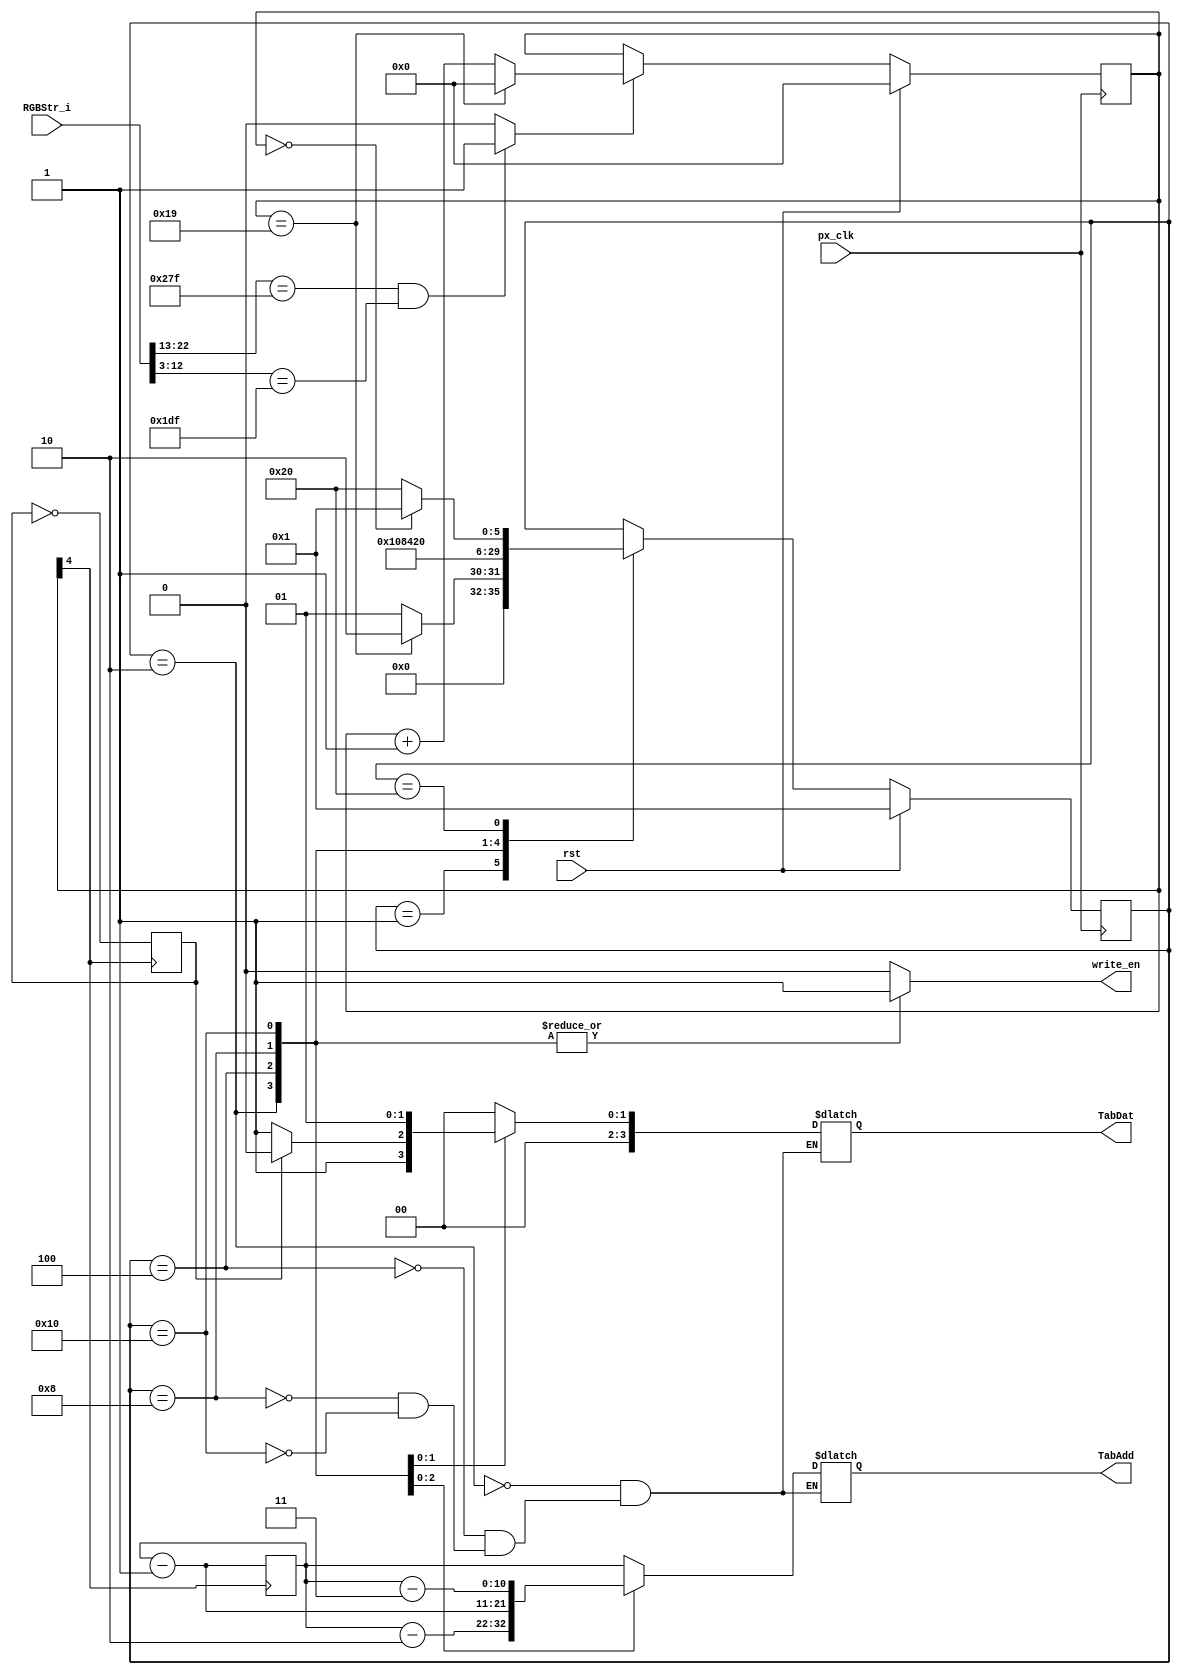
module PxsGameUpdate (
				input wire        	px_clk,
				input wire			rst,
				input wire [25:0]	RGBStr_i,				
				output reg			write_en,
				output reg [10:0] 	TabAdd,
				output reg [3:0] 	TabDat
			
               );
  
// alias 
`define Active 0:0
`define VS 1:1
`define HS 2:2
`define YC 12:3
`define XC 22:13
`define RGB 25:23

parameter VISIBLECOLS=640;
parameter VISIBLEROWS=480;

	// one-hot state codes
	parameter 	WAIT		= 6'b000001, 
				RMV_PAC		= 6'b000010, 
				RMV_GOHST	= 6'b000100, 
				UPDT_PACMAN	= 6'b001000, 
				UPDT_GOHST	= 6'b010000, 
				WAIT_0		= 6'b100000;

	reg  [5:0]state, next_state;

	reg [4:0] contframe;
	reg [10:0] pospac;  // Pacman position
	reg close;
	
	initial
    begin
		contframe <= 0;
		pospac<=600;
		state <= WAIT;
		write_en<=0;
		close<=0;
    end
	
	assign endframe = (RGBStr_i[`XC]==VISIBLECOLS-1 && RGBStr_i[`YC]==VISIBLEROWS-1)? 1'b1 : 1'b0 ;
	
	// 25-frames counter 
	always @(posedge px_clk)  
	begin
		if (rst) 
			contframe<=0;
		else
			if (endframe==1) 
				contframe <= (contframe == 25)? 0 : contframe+1;
	end
	
	// Update location and pacman state only once every 25 frames 
	// (for different refresh frequencies another value could be preferable)
	always @(posedge contframe[4])  
	begin
		pospac<=pospac-1;
		close <= ~close;
	end

		
	/* explicit FSM implementation */
	always @(posedge px_clk)
	if (rst) state = WAIT; else state = next_state;
	
	always @(*) begin 
		next_state = state;
		case (state)
			WAIT: 			if (contframe==25) next_state = RMV_PAC;
							else next_state = WAIT;
			RMV_PAC: 		next_state = RMV_GOHST;
			RMV_GOHST: 		next_state = UPDT_PACMAN;
			UPDT_PACMAN: 	next_state = UPDT_GOHST;
			UPDT_GOHST: 	next_state = WAIT_0;
			WAIT_0:			if(contframe==0) next_state = WAIT;
							else next_state<= WAIT_0;
		endcase
	end
	
	always @(state) begin
		case (state)
			WAIT: 			begin 
							write_en = 0; 
							end
			
			RMV_PAC: 		begin
							write_en = 1;
							TabAdd = pospac; 
							TabDat = 0;
							end
							
			RMV_GOHST: 		begin
							write_en = 1;
							TabAdd = pospac-2; 
							TabDat = 0;
							end
														
			UPDT_PACMAN: 	begin
							write_en = 1;
							TabAdd = pospac-1;
							if (close==0)
								TabDat = 3; // open
							else
								TabDat = 2; // close	
							end
							
			UPDT_GOHST: 	begin
							write_en = 1;
							TabAdd = pospac-3; 
							TabDat = 1;
							end	

			WAIT_0:			begin write_en = 0; end
			
			default:		begin 
								write_en = 0;
							end
		endcase
	end
	
	
	
	/* implicit FSM, not supported by yosys synthesis */
	
	// execute only once whenever enter into Vblanking area
	// always @(posedge px_clk)  begin: loop
	// if (endframe) begin 
		// @(posedge px_clk) begin  	// Cycle0: wait the end of frame
			// contframe<=contframe+1;
		// end
		// @(posedge px_clk) begin 	// Cycle 1 : erase pacman
			// if (contframe == 3'b111) begin
				// write_en <= 1;
				// TabAdd <= pospac; 
				// TabDat <= 0;
				// close <= ~close;
			// end
			// else disable loop;
		// end

		// @(posedge px_clk) begin 	// Cycle 2: erase gohst
			// TabAdd <= pospac-2; 
			// TabDat <= 0;
		// end
		// @(posedge px_clk) begin 	// Cycle 3: update pacman
			// if (close==0)
				// TabDat <= 1; // open
			// else
				// TabDat <= 2; // close		
		// end
		// @(posedge px_clk) begin 	// Cycle 4: update gohst and pacman location
			// TabAdd <= pospac; 
			// TabDat <= 3;
			// pospac <= pospac-1;
		// end
		// @(posedge px_clk) write_en<=0; 	// Cycle 5: disable writing

	// end
	// else disable loop;
	// end
endmodule